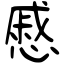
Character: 慼